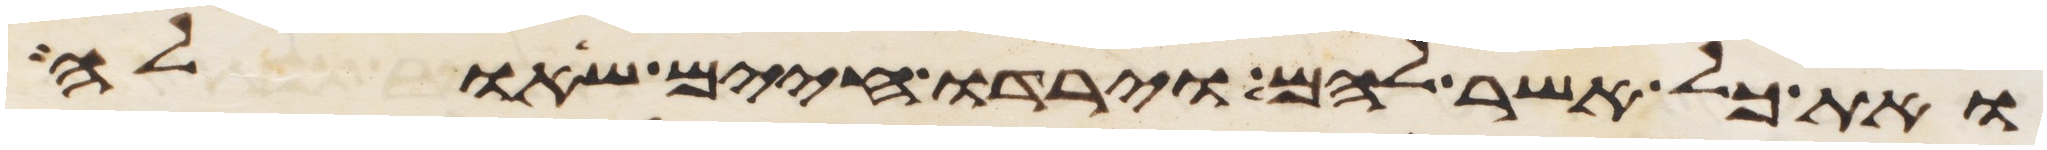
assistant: ואת כל אשר להם וירדו חיים שאלה